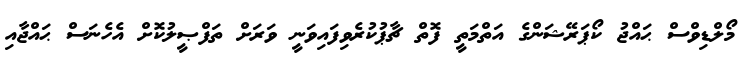
މޯލްޑިވްސް ޙައްޖު ކޯޕަރޭޝަންގެ އަތްމަތީ ފޮތް ޗާޕުކުރެވިފައިވަނީ ވަރަށް ތަފްޞީލުކޮށް އެހެނަސް ޙައްޖާއި